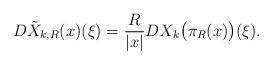
LaTeX: \begin{align*}D\tilde X_{k,R}(x)(\xi)=\frac{R}{|x|}DX_{k}\big(\pi_R(x)\big)(\xi).\end{align*}